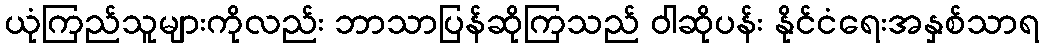
ယုံကြည်သူများကိုလည်း ဘာသာပြန်ဆိုကြသည် ဝါဆိုပန်း နိုင်ငံရေးအနှစ်သာရ